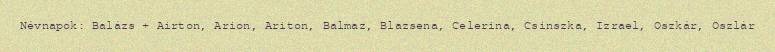
Névnapok: Balázs + Airton, Arion, Ariton, Balmaz, Blazsena, Celerina, Csinszka, Izrael, Oszkár, Oszlár